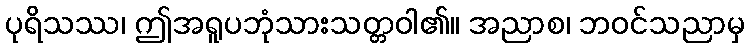
ပုရိသဿ၊ ဤအရူပဘုံသားသတ္တဝါ၏။ အညာစ၊ ဘဝင်သညာမှ